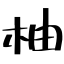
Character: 柚